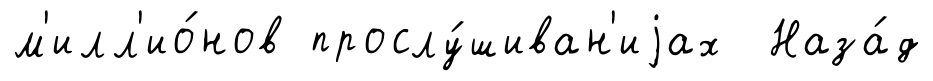
м'илл'ио́нов прослу́шиван'иjах Наза́д